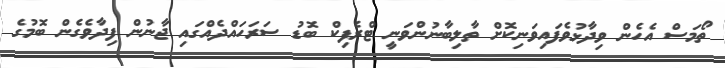
ތޯމަސް އެހެން ވިދާޅުވެފައިވަނިކޮށް ތާލިބާނުންވަނީ ޓްރެފިކް ބޮޑު ސަރަހައްދެއްގައި ޖާނުން ފިދާވެގެން ބޮމުގެ